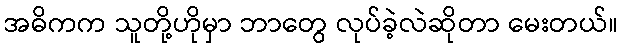
အဓိကက သူတို့ဟိုမှာ ဘာတွေ လုပ်ခဲ့လဲဆိုတာ မေးတယ်။